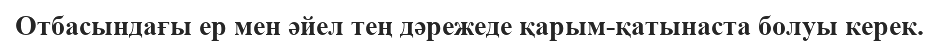
Отбасындағы ер мен әйел тең дәрежеде қарым-қатынаста болуы керек.